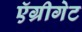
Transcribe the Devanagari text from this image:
ऍग्रीगेट